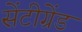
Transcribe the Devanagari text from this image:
सेंटीग्रेंड